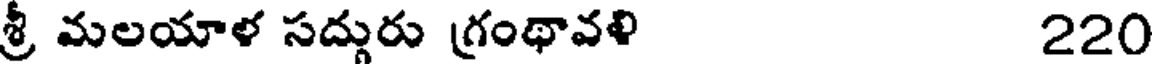
శ్రీ మలయాళ సద్గురు గ్రంథావళి 220